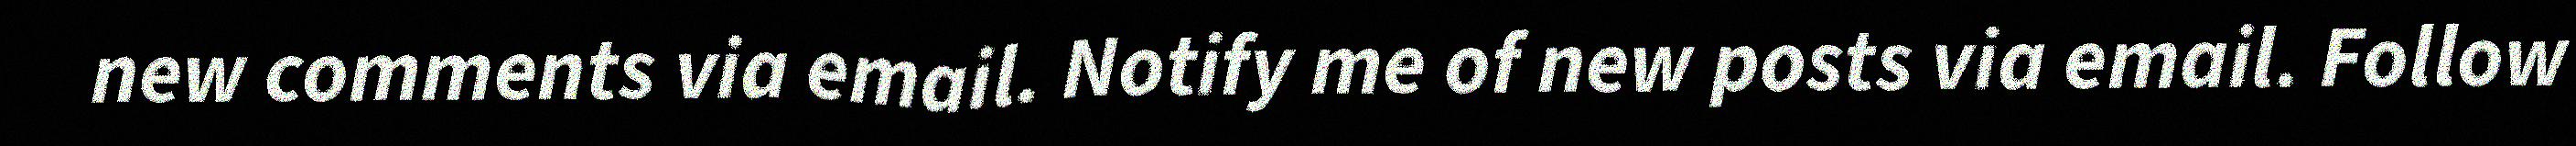
new comments via email. Notify me of new posts via email. Follow